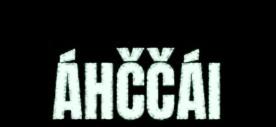
ÁHČČÁI